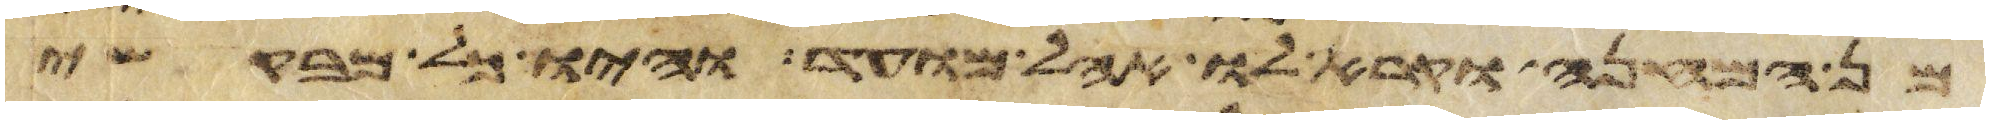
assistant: מן המחנה וקרא לו אהל מועד והיו כל מבקשי